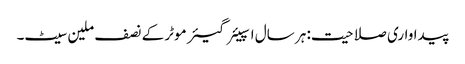
پیداواری صلاحیت: ہر سال اسپیئر گیئر موٹر کے نصف ملین سیٹ۔